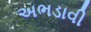
અભડાવી